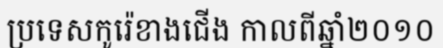
ប្រទេសកូរ៉េខាងជើង កាលពីឆ្នាំ២០១០